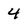
Character: 4